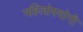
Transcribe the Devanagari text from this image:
महिलोपयोगी